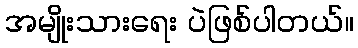
အမျိုးသားရေး ပဲဖြစ်ပါတယ်။